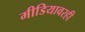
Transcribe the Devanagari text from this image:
मीडियावरही